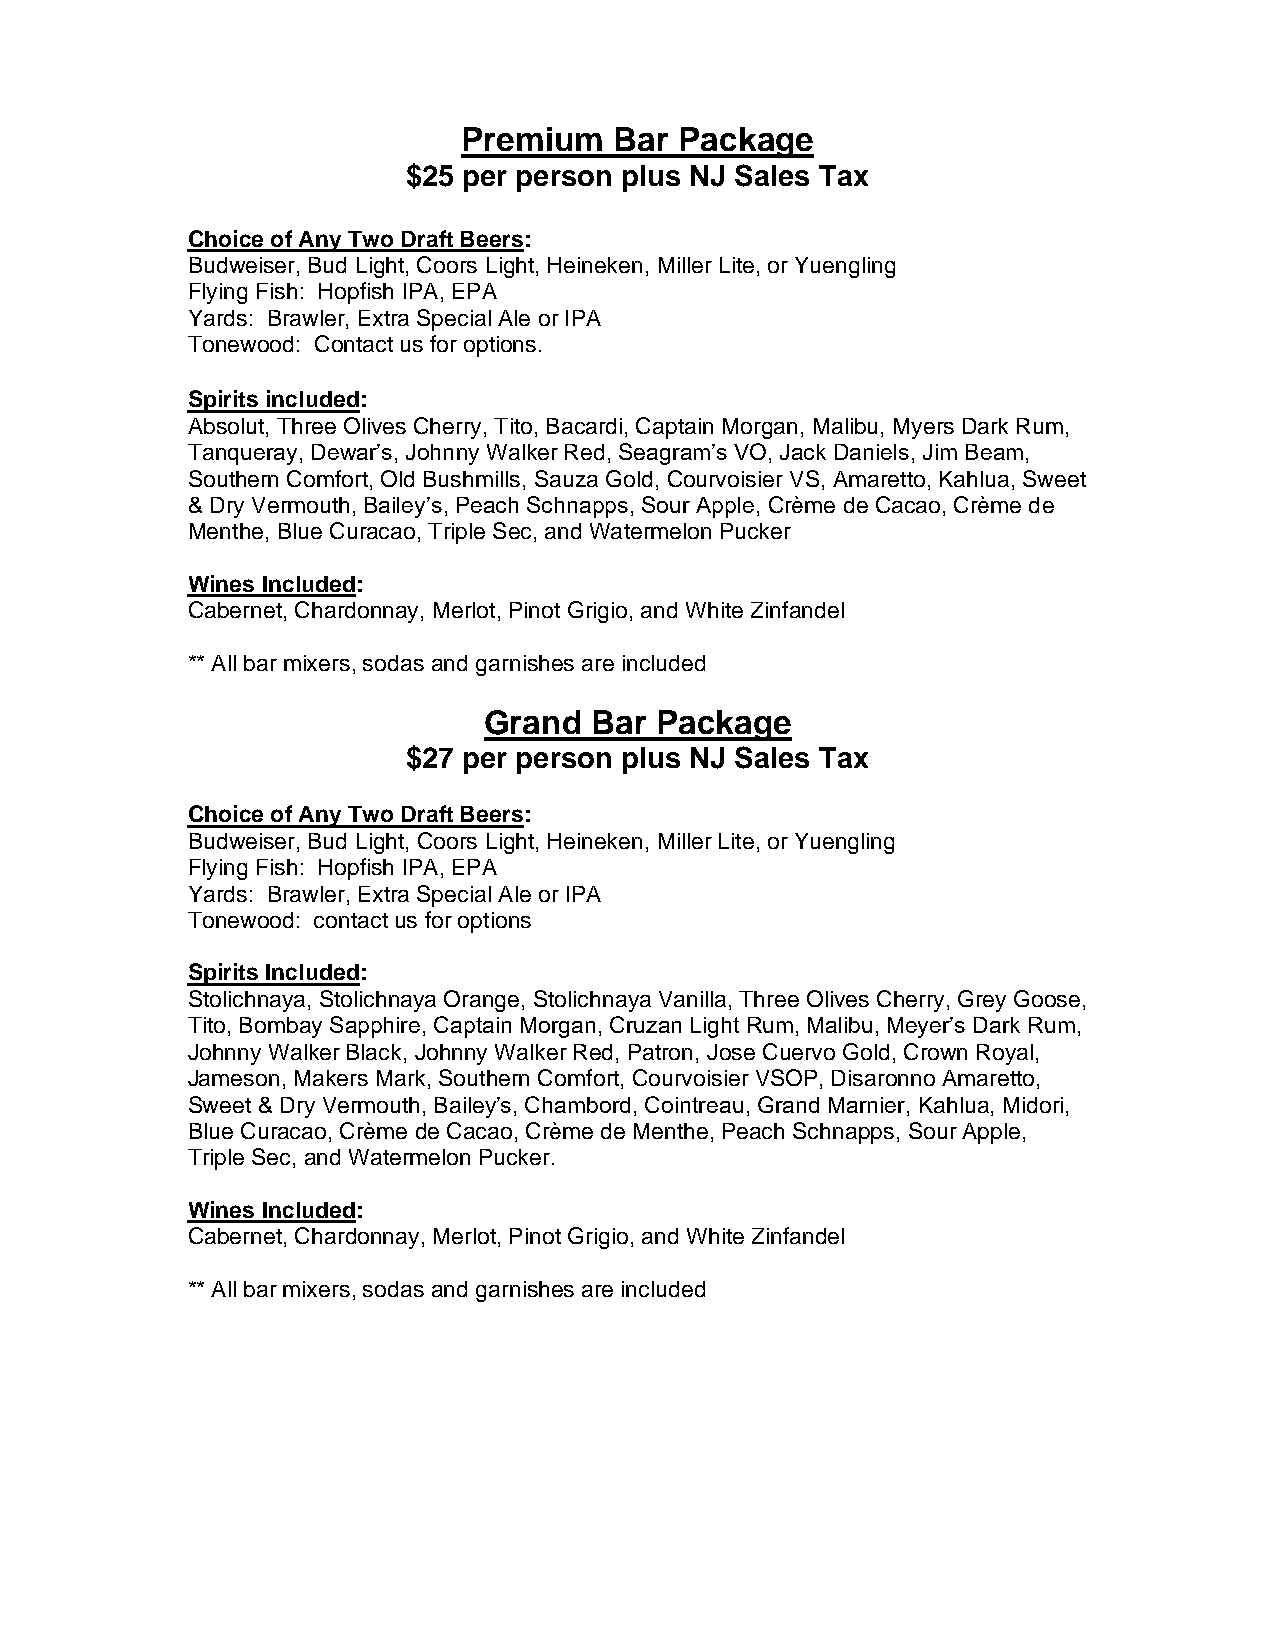
Premium   Bar Package
 $25 per person plus NJ Sales Tax
 Choice of Any Two Draft Beers:
 Budweiser, Bud Light, Coors Light, Heineken, Miller Lite, or Yuengling
 Flying Fish: Hopfish IPA, EPA
 Yards: Brawler, Extra Special Ale or IPA
 Tonewood: Contact us for options.
 Spirits included:
 Absolut, Three Olives Cherry, Tito, Bacardi, Captain Morgan, Malibu, Myers Dark Rum,
 Tanqueray, Dewar’s, Johnny Walker Red, Seagram’s VO, Jack Daniels, Jim Beam,
 Southern Comfort, Old Bushmills, Sauza Gold, Courvoisier VS, Amaretto, Kahlua, Sweet
 & Dry Vermouth, Bailey’s, Peach Schnapps, Sour Apple, Crème de Cacao, Crème de
 Menthe, Blue Curacao, Triple Sec, and Watermelon Pucker
 Wines Included:
 Cabernet, Chardonnay, Merlot, Pinot Grigio, and White Zinfandel
 ** All bar mixers, sodas and garnishes are included
 Grand  Bar Package
 $27 per person plus NJ Sales Tax
 Choice of Any Two Draft Beers:
 Budweiser, Bud Light, Coors Light, Heineken, Miller Lite, or Yuengling
 Flying Fish: Hopfish IPA, EPA
 Yards: Brawler, Extra Special Ale or IPA
 Tonewood: contact us for options
 Spirits Included:
 Stolichnaya, Stolichnaya Orange, Stolichnaya Vanilla, Three Olives Cherry, Grey Goose,
 Tito, Bombay Sapphire, Captain Morgan, Cruzan Light Rum, Malibu, Meyer’s Dark Rum,
 Johnny Walker Black, Johnny Walker Red, Patron, Jose Cuervo Gold, Crown Royal,
 Jameson, Makers Mark, Southern Comfort, Courvoisier VSOP, Disaronno Amaretto,
 Sweet & Dry Vermouth, Bailey’s, Chambord, Cointreau, Grand Marnier, Kahlua, Midori,
 Blue Curacao, Crème de Cacao, Crème de Menthe, Peach Schnapps, Sour Apple,
 Triple Sec, and Watermelon Pucker.
 Wines Included:
 Cabernet, Chardonnay, Merlot, Pinot Grigio, and White Zinfandel
 ** All bar mixers, sodas and garnishes are included